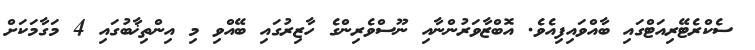
ސެކްރެޓޭރިއަޓްގައި ބާއްވައިފިއެވެ. އޮބްޒާވަރުންނާއި ނޫސްވެރިންގެ ހާޒިރުގައި ބޭއްވި މި އިންތިޚާބުގައި 4 މަގާމަކަށް